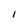
Character: I